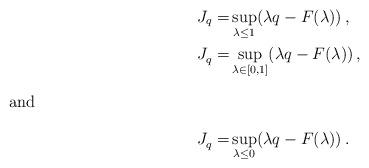
LaTeX: \begin{align*} J_q=&\sup_{\lambda\le1}(\lambda q-F(\lambda))\,,\\ J^{}_q=& \sup_{\lambda\in[0,1]}(\lambda q-F(\lambda))\,,\intertext{and} J^{}_q=& \sup_{\lambda\le0}(\lambda q-F(\lambda))\,.\end{align*}